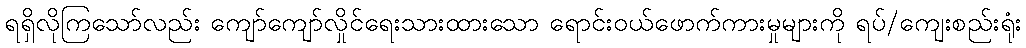
ရရှိလိုကြသော်လည်း ကျော်ကျော်လှိုင်ရေးသားထားသော ရောင်းဝယ်ဖောက်ကားမှုများကို ရပ်/ကျေးစည်းရုံး